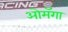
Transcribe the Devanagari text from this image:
ओमॅगा